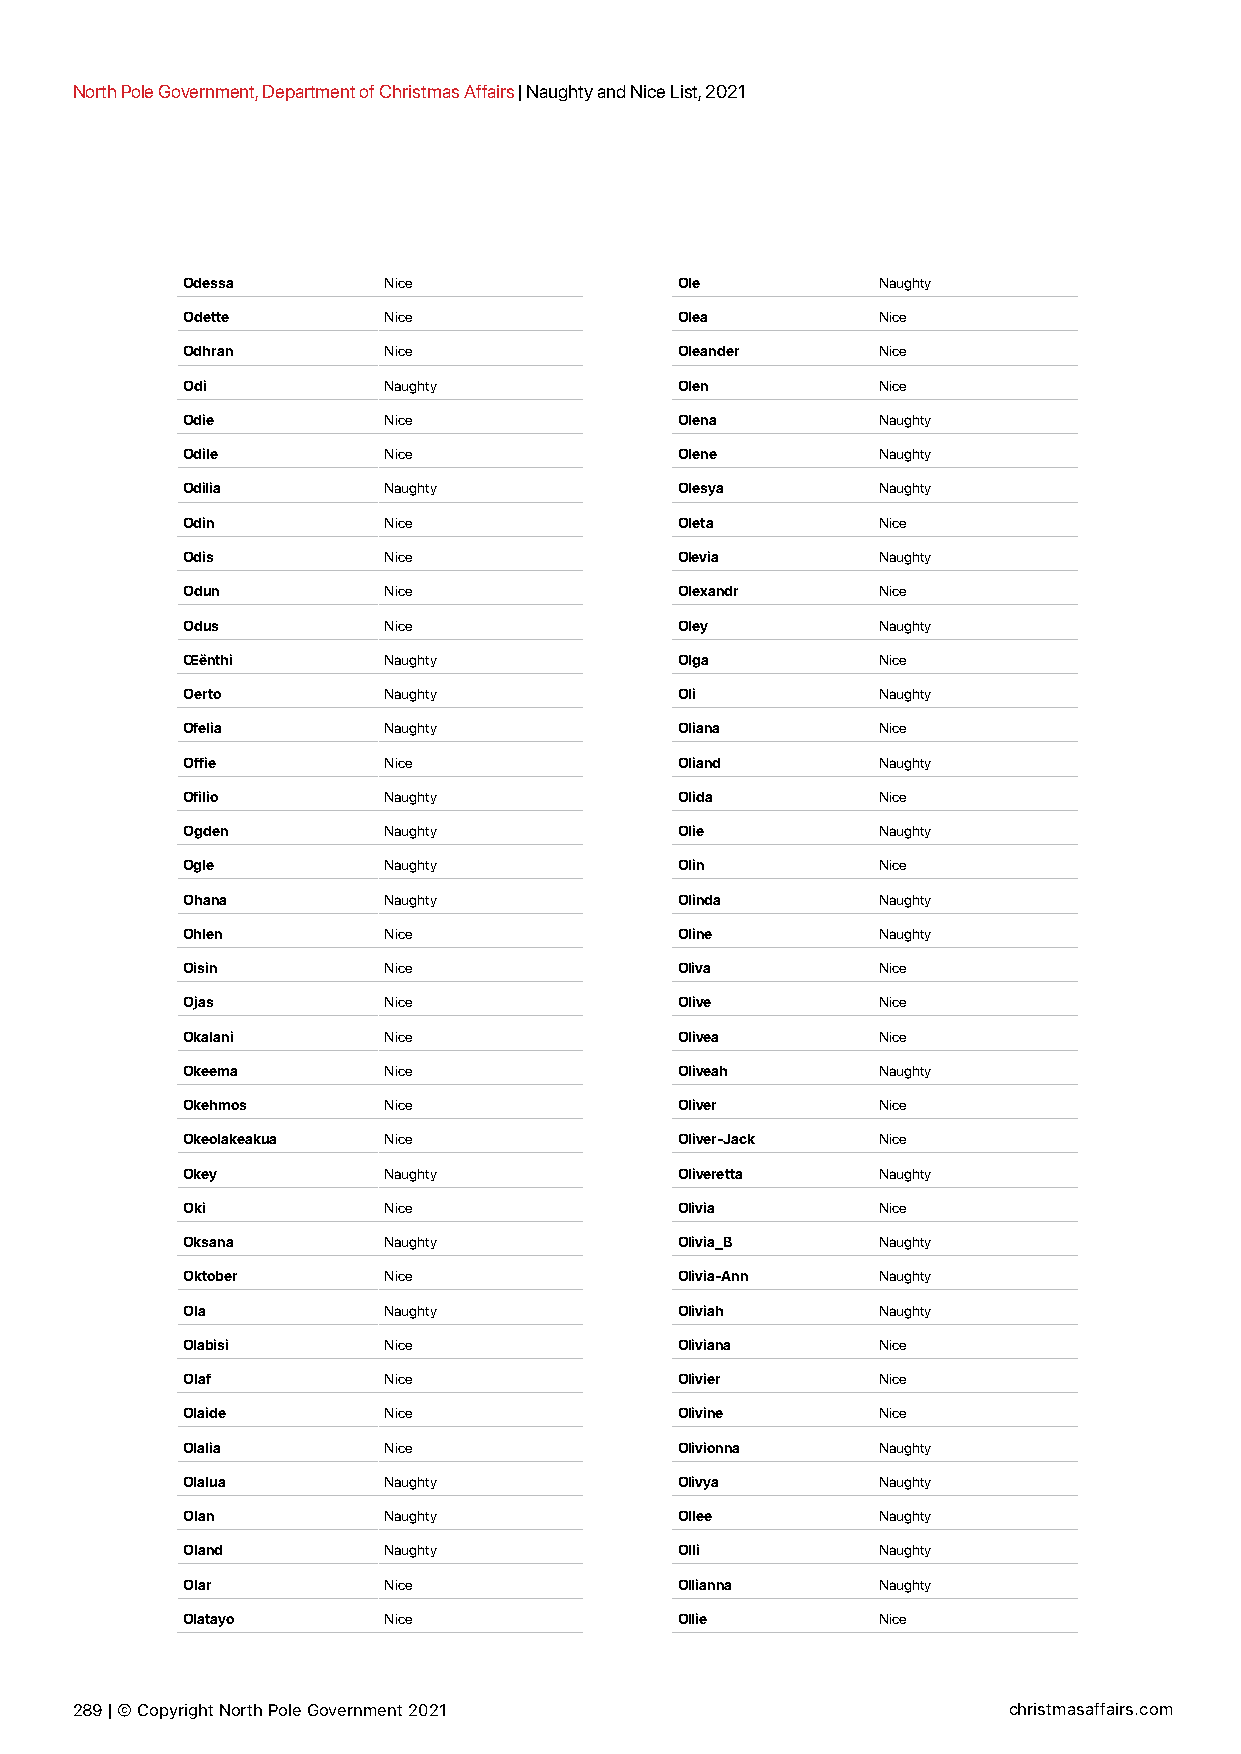
North Pole Government, Department of Christmas Affairs | Naughty and Nice List, 2021
 Odessa       Nice                Ole          Naughty
 Odette       Nice                Olea         Nice
 Odhran       Nice                Oleander     Nice
 Odi          Naughty             Olen         Nice
 Odie         Nice                Olena        Naughty
 Odile        Nice                Olene        Naughty
 Odilia       Naughty             Olesya       Naughty
 Odin         Nice                Oleta        Nice
 Odis         Nice                Olevia       Naughty
 Odun         Nice                Olexandr     Nice
 Odus         Nice                Oley         Naughty
 Œënthi       Naughty             Olga         Nice
 Oerto        Naughty             Oli          Naughty
 Ofelia       Naughty             Oliana       Nice
 Offie        Nice                Oliand       Naughty
 Ofilio       Naughty             Olida        Nice
 Ogden        Naughty             Olie         Naughty
 Ogle         Naughty             Olin         Nice
 Ohana        Naughty             Olinda       Naughty
 Ohlen        Nice                Oline        Naughty
 Oisin        Nice                Oliva        Nice
 Ojas         Nice                Olive        Nice
 Okalani      Nice                Olivea       Nice
 Okeema       Nice                Oliveah      Naughty
 Okehmos      Nice                Oliver       Nice
 Okeolakeakua Nice                Oliver-Jack  Nice
 Okey         Naughty             Oliveretta   Naughty
 Oki          Nice                Olivia       Nice
 Oksana       Naughty             Olivia_B     Naughty
 Oktober      Nice                Olivia-Ann   Naughty
 Ola          Naughty             Oliviah      Naughty
 Olabisi      Nice                Oliviana     Nice
 Olaf         Nice                Olivier      Nice
 Olaide       Nice                Olivine      Nice
 Olalia       Nice                Olivionna    Naughty
 Olalua       Naughty             Olivya       Naughty
 Olan         Naughty             Ollee        Naughty
 Oland        Naughty             Olli         Naughty
 Olar         Nice                Ollianna     Naughty
 Olatayo      Nice                Ollie        Nice
 289 | © Copyright North Pole Government 2021                  christmasaffairs.com